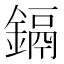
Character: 鎘